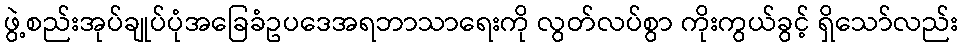
ဖွဲ့စည်းအုပ်ချုပ်ပုံအခြေခံဥပဒေအရဘာသာရေးကို လွတ်လပ်စွာ ကိုးကွယ်ခွင့် ရှိသော်လည်း